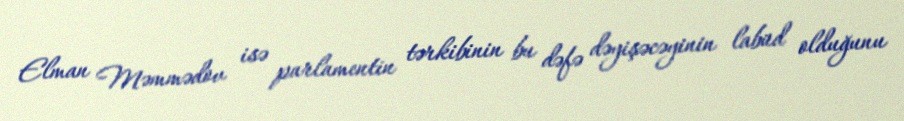
Elman Məmmədov isə parlamentin tərkibinin bu dəfə dəyişəcəyinin labüd olduğunu